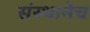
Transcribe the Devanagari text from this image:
संस्थानेच